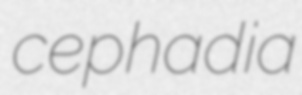
cephadia